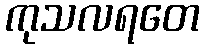
ကုသလရတေ